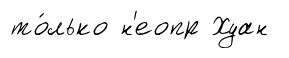
то́лько н'еопр Хуан